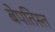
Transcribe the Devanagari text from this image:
बेपतिस्त